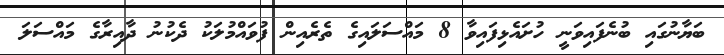
ބަޔާނުގައި ބުނެފައިވަނީ ހުށައެޅިފައިވާ 8 މައްސަލައިގެ ތެރެއިން ފުވައްމުލަކު ދެކުނު ދާއިރާގެ މައްސަލަ